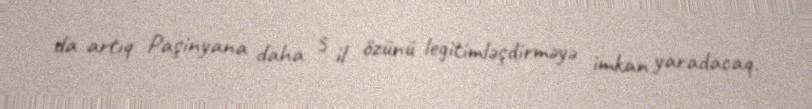
da artıq Paşinyana daha 5 il özünü legitimləşdirməyə imkan yaradacaq.